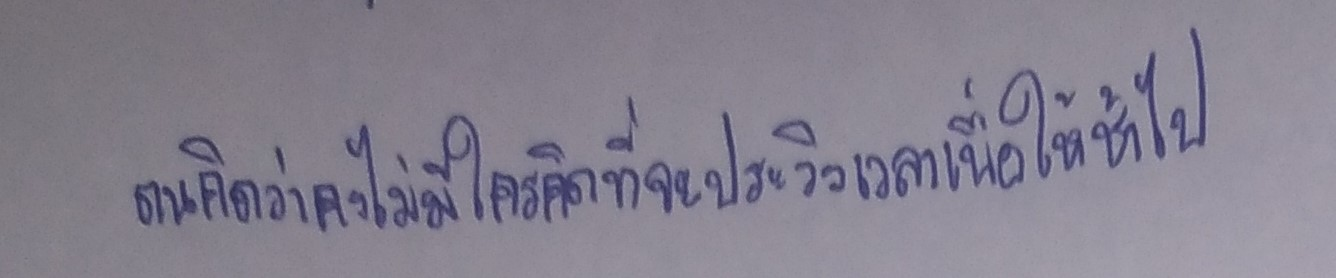
ตนคิดว่าคงไม่มีใครคิดที่จะประวิงเวลาเพื่อให้ช้าไป